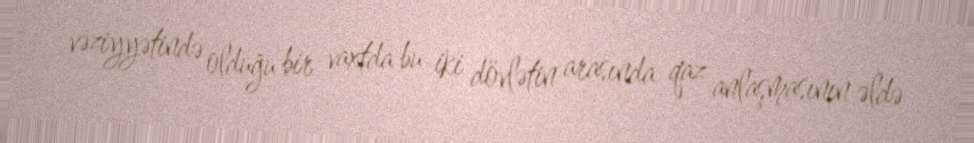
vəziyyətində olduğu bir vaxtda bu iki dövlətin arasında qaz anlaşmasının əldə